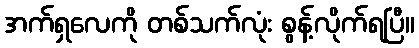
အက်ရှလေကို တစ်သက်လုံး စွန့်လိုက်ရပြီ။